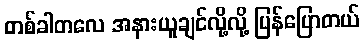
တစ်ခါတလေ အနားယူချင်လို့လို့ ပြန်ပြောတယ်